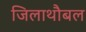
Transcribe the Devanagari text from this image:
जिलाथौबल